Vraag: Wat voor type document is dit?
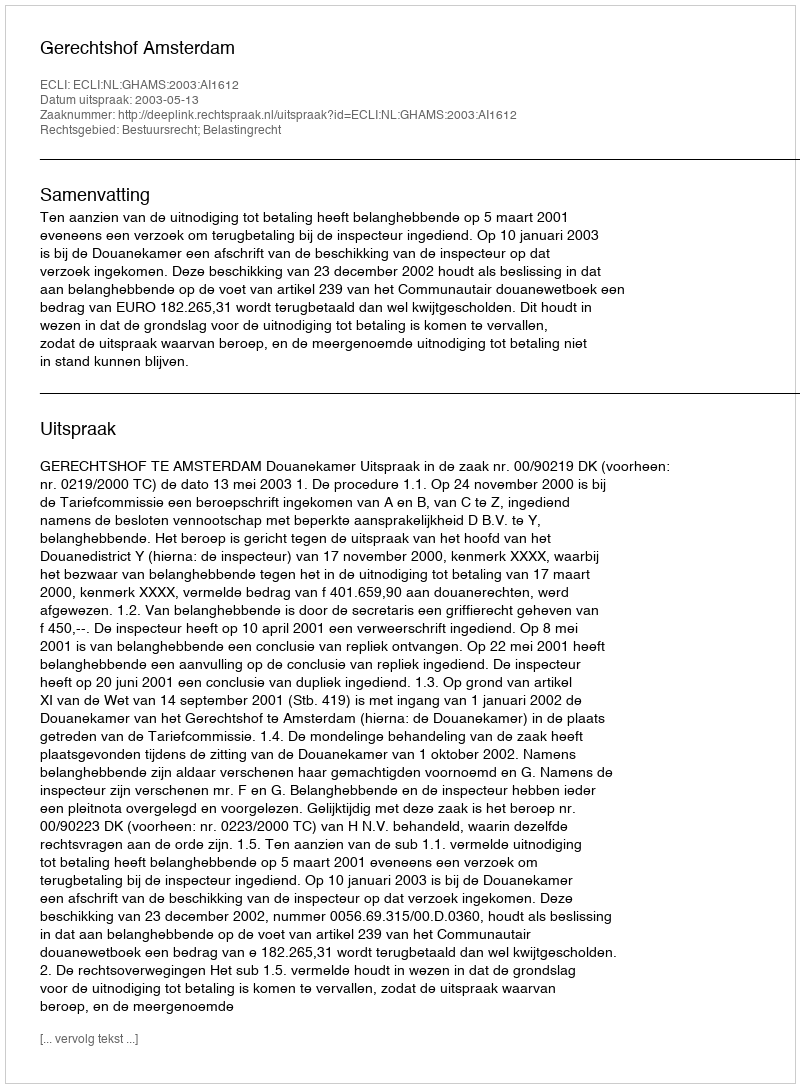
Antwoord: Uitspraak